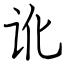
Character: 讹